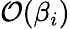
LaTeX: \mathcal{O}(\beta_{i})